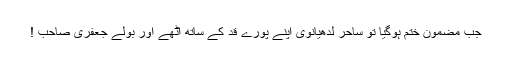
جب مضمون ختم ہوگیا تو ساحر لدھیانوی اپنے پورے قد کے ساتھ اٹھے اور بولے جعفری صاحب !